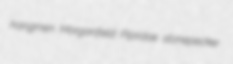
hangmen Morganfield Pipridae stonepecker